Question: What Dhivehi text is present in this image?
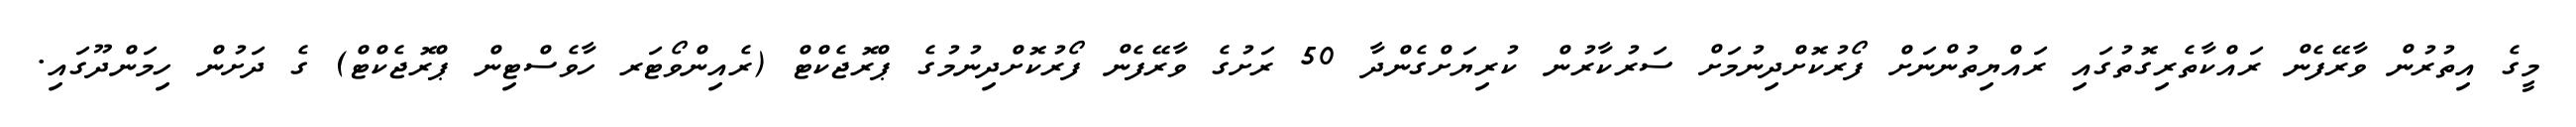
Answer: މީގެ އިތުރުން ވާރޭފެން ރައްކާތެރިގޮތުގައި ރައްޔިތުންނަށް ފޯރުކޮށްދިނުމަށް ސަރުކާރުން ކުރިޔަށްގެންދާ 50 ރަށުގެ ވާރޭފެން ފޯރުކޮށްދިނުމުގެ ޕްރޮޖެކްޓް (ރެއިންވޯޓަރ ހާވެސްޓިން ޕްރޮޖެކްޓް) ގެ ދަށުން ހިމަންދޫގައި.